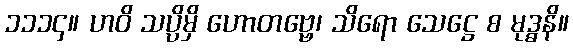
၁၁၁၄။ ဟဝိ သပ္ပိမှိ ဟောတဗ္ဗေ၊ သိရော သေဋ္ဌေ စ မုဒ္ဓနိ။